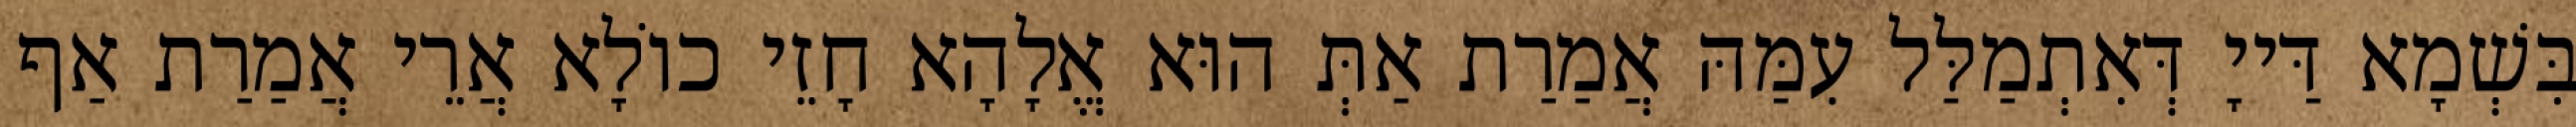
בִּשְׁמָא דַּייָ דְּאִתְמַלַּל עִמַּהּ אֲמַרַת אַתְּ הוּא אֱלָהָא חָזֵי כוֹלָא אֲרֵי אֲמַרַת אַף